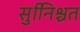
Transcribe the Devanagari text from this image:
सुनििश्चत